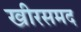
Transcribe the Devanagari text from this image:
खीरसमद